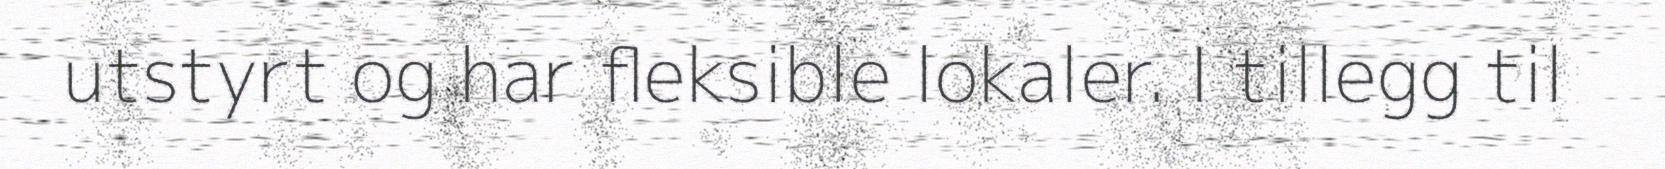
utstyrt og har fleksible lokaler. I tillegg til